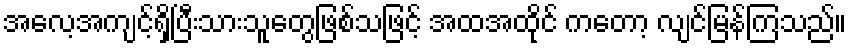
အလေ့အကျင့်ရှိပြီးသားသူတွေဖြစ်သဖြင့် အထအထိုင် ကတော့ လျင်မြန်ကြသည်။